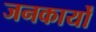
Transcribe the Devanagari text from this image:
जनकार्यों